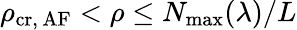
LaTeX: \rho_{\mathrm{cr,\, AF}}<\rho\le N_{\mathrm{max}}(\lambda)/L